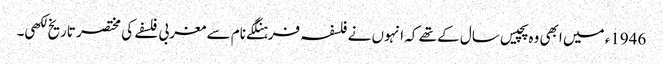
1946ء میں ابھی وہ پچیس سال کے تھے کہ انہوں نے فلسفہ فرہنگکے نام سے مغربی فلسفے کی مختصر تاریخ لکھی۔